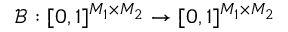
\boldsymbol { \mathcal { B } } : [ 0 , 1 ] ^ { M _ { 1 } \times M _ { 2 } } \to [ 0 , 1 ] ^ { M _ { 1 } \times M _ { 2 } }